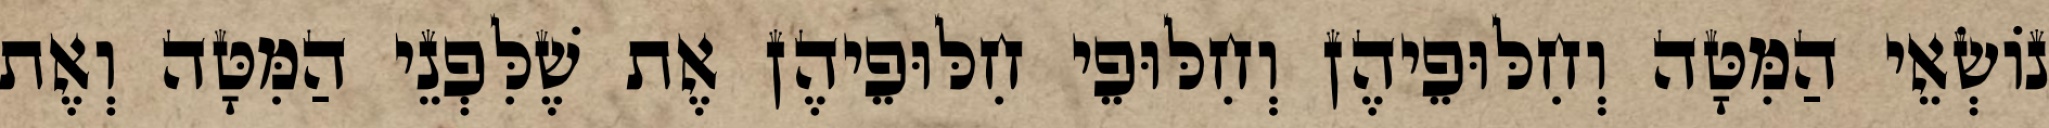
נוֹשְׂאֵי הַמִּטָּה וְחִלּוּפֵיהֶן וְחִלּוּפֵי חִלּוּפֵיהֶן אֶת שֶׁלִּפְנֵי הַמִּטָּה וְאֶת